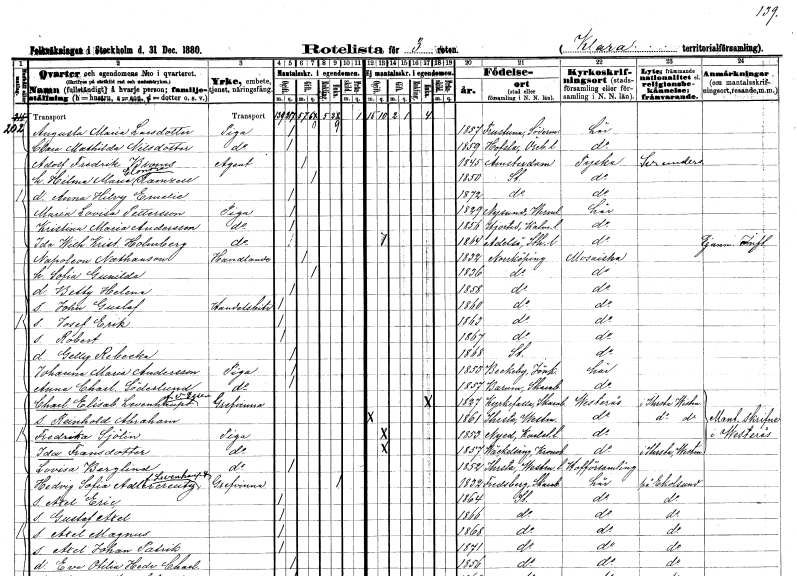
gt_parse: households: individuals: FN: Augusta Maria
EN: Larsdotter
YRKE: Piga
KON: K
CIV: O
FODAR: 1857
FODFORS: Frustuna Södermanlands län
FN: Clara Mathilda
EN: Nilsdotter
YRKE: Piga
KON: K
CIV: O
FODAR: 1859
FODFORS: Hovsta Örebro län
FN: Adolf Fredrik
EN: Broms
YRKE: Agent
KON: M
CIV: G
FODAR: 1845
FN: Hilma Maria Eleonora
EN: Ramzell
KON: K
CIV: G
FODAR: 1850
FODFORS: Stockholm
FN: Anna Hilvy Emelie
KON: K
CIV: O
FODAR: 1872
FODFORS: Stockholm
FN: Maria Lovisa
EN: Pettersson
YRKE: Piga
KON: K
CIV: O
FODAR: 1829
FODFORS: Nysund Örebro län
FN: Kristina Maria
EN: Andersson
YRKE: Piga
KON: K
CIV: O
FODAR: 1856
FODFORS: Hjorted Kalmar län
FN: Ida Wilhelmina Kristina
EN: Holmberg
YRKE: Piga
KON: K
CIV: O
FODAR: 1864
FODFORS: Adelsö Stockholms län
FN: Napoleon
EN: Nathanson
YRKE: Handlande
KON: M
CIV: G
FODAR: 1832
FODFORS: Norrköping Östergötlands län
FN: Sofia Gunilda
KON: K
CIV: G
FODAR: 1836
FODFORS: Norrköping Östergötlands län
FN: Betty Helena
KON: K
CIV: O
FODAR: 1858
FODFORS: Norrköping Östergötlands län
FN: John Gustaf
YRKE: Handelsbiträde
KON: M
CIV: O
FODAR: 1860
FODFORS: Norrköping Östergötlands län
FN: Josef Erik
KON: M
CIV: O
FODAR: 1863
FODFORS: Norrköping Östergötlands län
FN: Robert
KON: M
CIV: O
FODAR: 1867
FODFORS: Norrköping Östergötlands län
FN: Gelly Rebecka
KON: K
CIV: O
FODAR: 1868
FODFORS: Stockholm
FN: Johanna Maria
EN: Andersson
YRKE: Piga
KON: K
CIV: O
FODAR: 1853
FODFORS: Bäckaby Jönköpings län
FN: Anna Charlotta
EN: Söderlund
YRKE: Piga
KON: K
CIV: O
FODAR: 1857
FODFORS: Barum Skaraborgs län
FN: Charlotta Elisabet
EN: Levenhaupt v. Essen
KON: K
CIV: E
FODAR: 1827
FODFORS: Kyrkefalla Skaraborgs län
FN: Reinhold Abraham
KON: M
CIV: O
FODAR: 1861
FODFORS: Irsta Västmanlands län
FN: Fredrika
EN: Sjölin
YRKE: Piga
KON: K
CIV: O
FODAR: 1853
FODFORS: Nyed Värmlands län
FN: Ida
EN: Fransdotter
YRKE: Piga
KON: K
CIV: O
FODAR: 1857
FODFORS: Väckelsång Kronobergs län
FN: Lovisa
EN: Berglind
YRKE: Piga
KON: K
CIV: O
FODAR: 1852
FODFORS: Irsta Västmanlands län
FN: Hedvig Sofia
EN: Adlercreutz Levenhaupt
KON: K
CIV: E
FODAR: 1832
FODFORS: Fredsberg Skaraborgs län
FN: Axel Eric
KON: M
CIV: O
FODAR: 1864
FODFORS: Stockholm
FN: Gustaf Axel
KON: M
CIV: O
FODAR: 1866
FODFORS: Stockholm
FN: Axel Magnus
KON: M
CIV: O
FODAR: 1868
FODFORS: Stockholm
FN: Axel Johan Patrik
KON: M
CIV: O
FODAR: 1871
FODFORS: Stockholm
FN: Eva Otilia Hedvig Charlotta
KON: K
CIV: O
FODAR: 1856
FODFORS: Stockholm